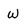
Character: w